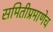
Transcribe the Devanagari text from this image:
समितीप्रमाणेच